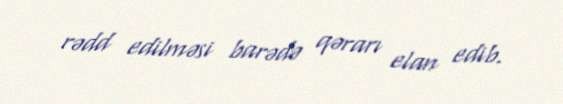
rədd edilməsi barədə qərarı elan edib.